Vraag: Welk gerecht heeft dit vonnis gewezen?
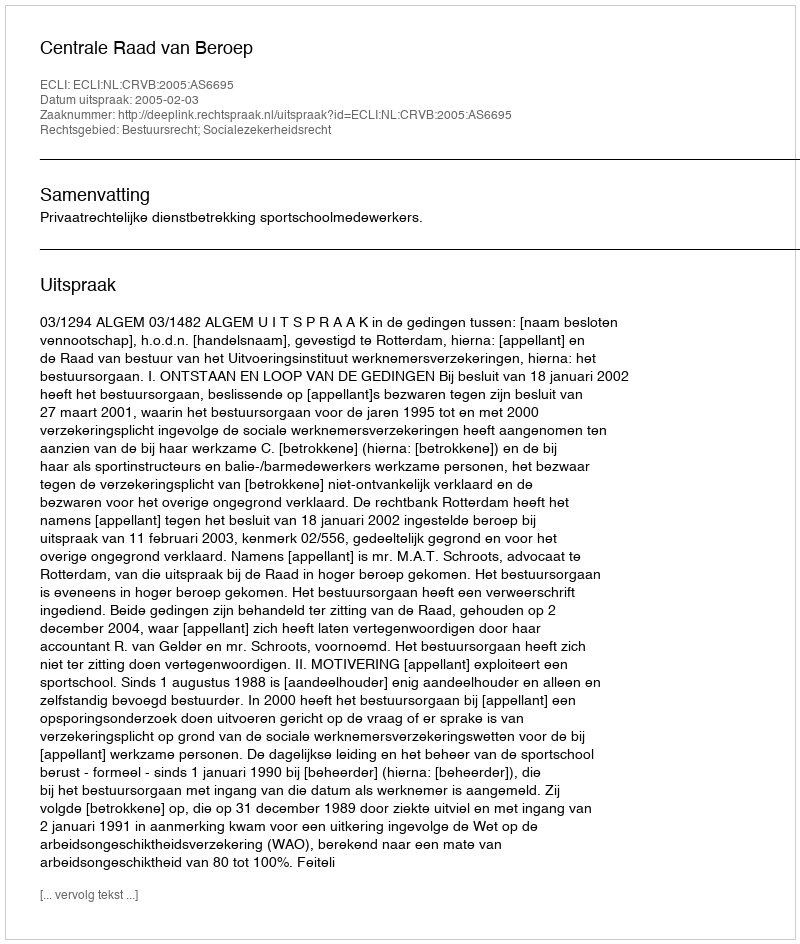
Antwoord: Centrale Raad van Beroep